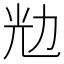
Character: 𰃌